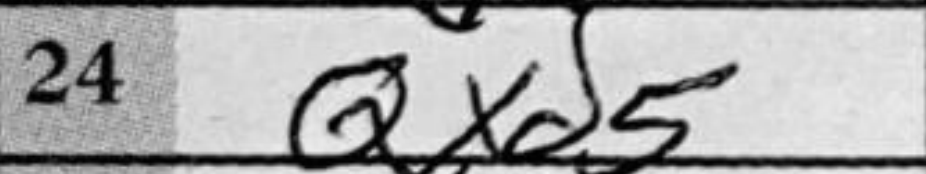
Transcription: Qxd5